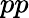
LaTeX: pp